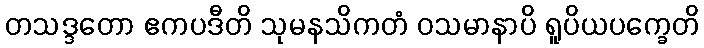
တသဒ္ဒတော ဧကပဒီတိ သုမနသိကတံ ဝသမာနာပိ ရူပိယပက္ခေတိ